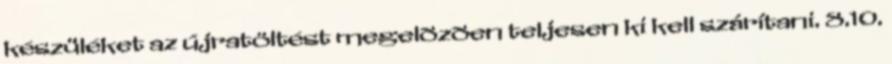
készüléket az újratöltést megelõzõen teljesen ki kell szárítani. 8.10.